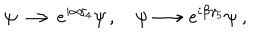
LaTeX: \psi \longrightarrow { e } ^ { i \alpha \gamma _ { 4 } } \psi \, , \quad \psi \longrightarrow { e } ^ { i \beta \gamma _ { 5 } } \psi \ ,